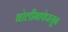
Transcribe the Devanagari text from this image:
बोलीभाषेपासून